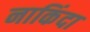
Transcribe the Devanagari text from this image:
नाकिंदा